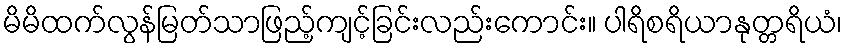
မိမိထက်လွန်မြတ်သာဖြည့်ကျင့်ခြင်းလည်းကောင်း။ ပါရိစရိယာနုတ္တရိယံ၊